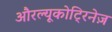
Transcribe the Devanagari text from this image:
औरल्यूकोट्रिनेज़